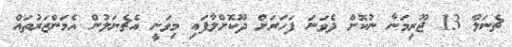
ޗެނަލް 13 ޖޫރިމަނާ ނުކޮށް ދެވަނަ ފަހަރަށް ދޫކޮށްލާފައި މިވަނީ އެޗެނަލުން އެމަންޒަރުތައް